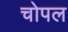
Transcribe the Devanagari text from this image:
चोपल